Indian journal of veterinary science and animal husbandry - Volumes 26-27, 1956-1957
Year: 1956
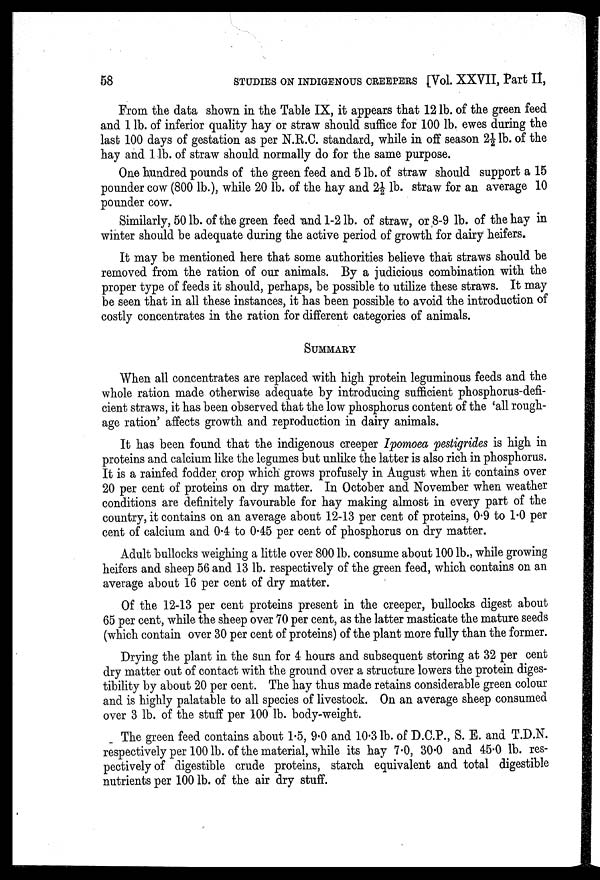
58
STUDIES
ON
INDIGENOUS
CEEEPERS
(Vol. XXVII, Part II,
From the data shown in the Table IX, it appears that 12 lb. of the green feed
and 1 lb. of inferior quality hay or straw should suffice for 100 lb. ewes during the
last 100 days of gestation as per N.R.C. standard, while in off season 2½ lb. of the
hay and 1 lb. of straw should normally do for the same purpose.
One hundred pounds of the green feed and 5 lb. of straw should support a 15
pounder cow (800 lb.), while 20 lb. of the hay and 2½ lb. straw for an average 10
pounder cow.
Similarly, 50 lb. of the green feed and 1-2 lb. of straw, or 8-9 lb. of the hay in
winter should be adequate during the active period of growth for dairy heifers.
It may be mentioned here that some authorities believe that straws should be
removed from the ration of our animals. By a judicious combination with the
proper type of feeds it should, perhaps, be possible to utilize these straws. It may
be seen that in all these instances, it has been possible to avoid the introduction of
costly concentrates in the ration for different categories of animals.
SUMMARY
When all concentrates are replaced with high protein leguminous feeds and the
whole ration made otherwise adequate by introducing sufficient phosphorus-defi-
cient straws, it has been observed that the low phosphorus content of the 'all rough-
age ration' affects growth and reproduction in dairy animals.
It has been found that the indigenous creeper Ipomoea pestigrides is high in
proteins and calcium like the legumes but unlike the latter is also rich in phosphorus.
It is a rainfed fodder crop which grows profusely in August when it contains over
20 per cent of proteins on dry matter. In October and November when weather
conditions are definitely favourable for hay making almost in every part of the
country, it contains on an average about 12-13 per cent of proteins, 0.9 to 1.0 per
cent of calcium and 0.4 to 0.45 per cent of phosphorus on dry matter.
Adult bullocks weighing a little over 800 lb. consume about 100 lb., while growing
heifers and sheep 56 and 13 lb. respectively of the green feed, which contains on an
average about 16 per cent of dry matter.
Of the 12-13 per cent proteins present in the creeper, bullocks digest about
65 per cent, while the sheep over 70 per cent, as the latter masticate the mature seeds
(which contain over 30 per cent of proteins) of the plant more fully than the former.
Drying the plant in the sun for 4 hours and subsequent storing at 32 per cent
dry matter out of contact with the ground over a structure lowers the protein diges-
tibility by about 20 per cent. The hay thus made retains considerable green colour
and is highly palatable to all species of livestock. On an average sheep consumed
over 3 lb. of the stuff per 100 lb. body-weight.
The green feed contains about 1.5, 9.0 and 10.3 lb. of D.C.P., S. E. and T.D.N.
respectively per 100 lb. of the material, while its hay 7.0, 30.0 and 45.0 lb. res-
pectively of digestible crude proteins, starch equivalent and total digestible
nutrients per 100 lb. of the air dry stuff.